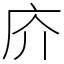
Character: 庎